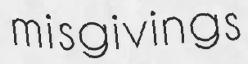
misgivings